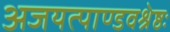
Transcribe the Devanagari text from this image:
अजयत्पाण्डवश्रेष्ठः